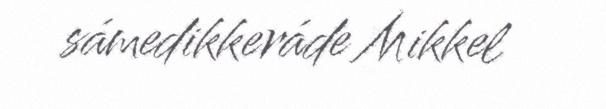
sámedikkeráde Mikkel